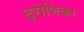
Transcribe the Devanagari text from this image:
द्रोणिका